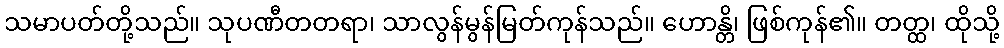
သမာပတ်တို့သည်။ သုပဏီတတရာ၊ သာလွန်မွန်မြတ်ကုန်သည်။ ဟောန္တိ၊ ဖြစ်ကုန်၏။ တတ္ထ၊ ထိုသို့